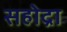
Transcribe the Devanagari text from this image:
सहोद्रा